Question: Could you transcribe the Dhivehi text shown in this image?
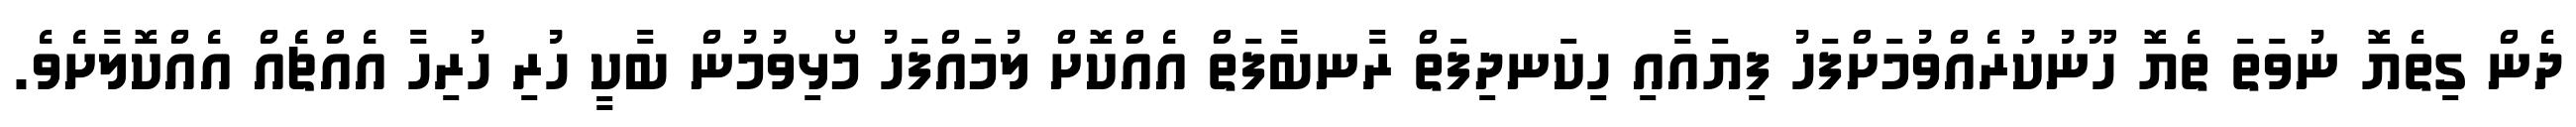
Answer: ދެން ގިތެޔޮ ނުވަތަ ތެޔޮ ހޫނުކުރެއްވުމަށްފަހު ފިޔައާއި ހިކަނދިފަތް ރާނބާފަތް އެއްކޮށް ލުމައްފަހު މޯޅިވުމުން ބާކީ ހުރި ހުރިހާ އެއްޗެއް އެއްކޮލާށެވެ.